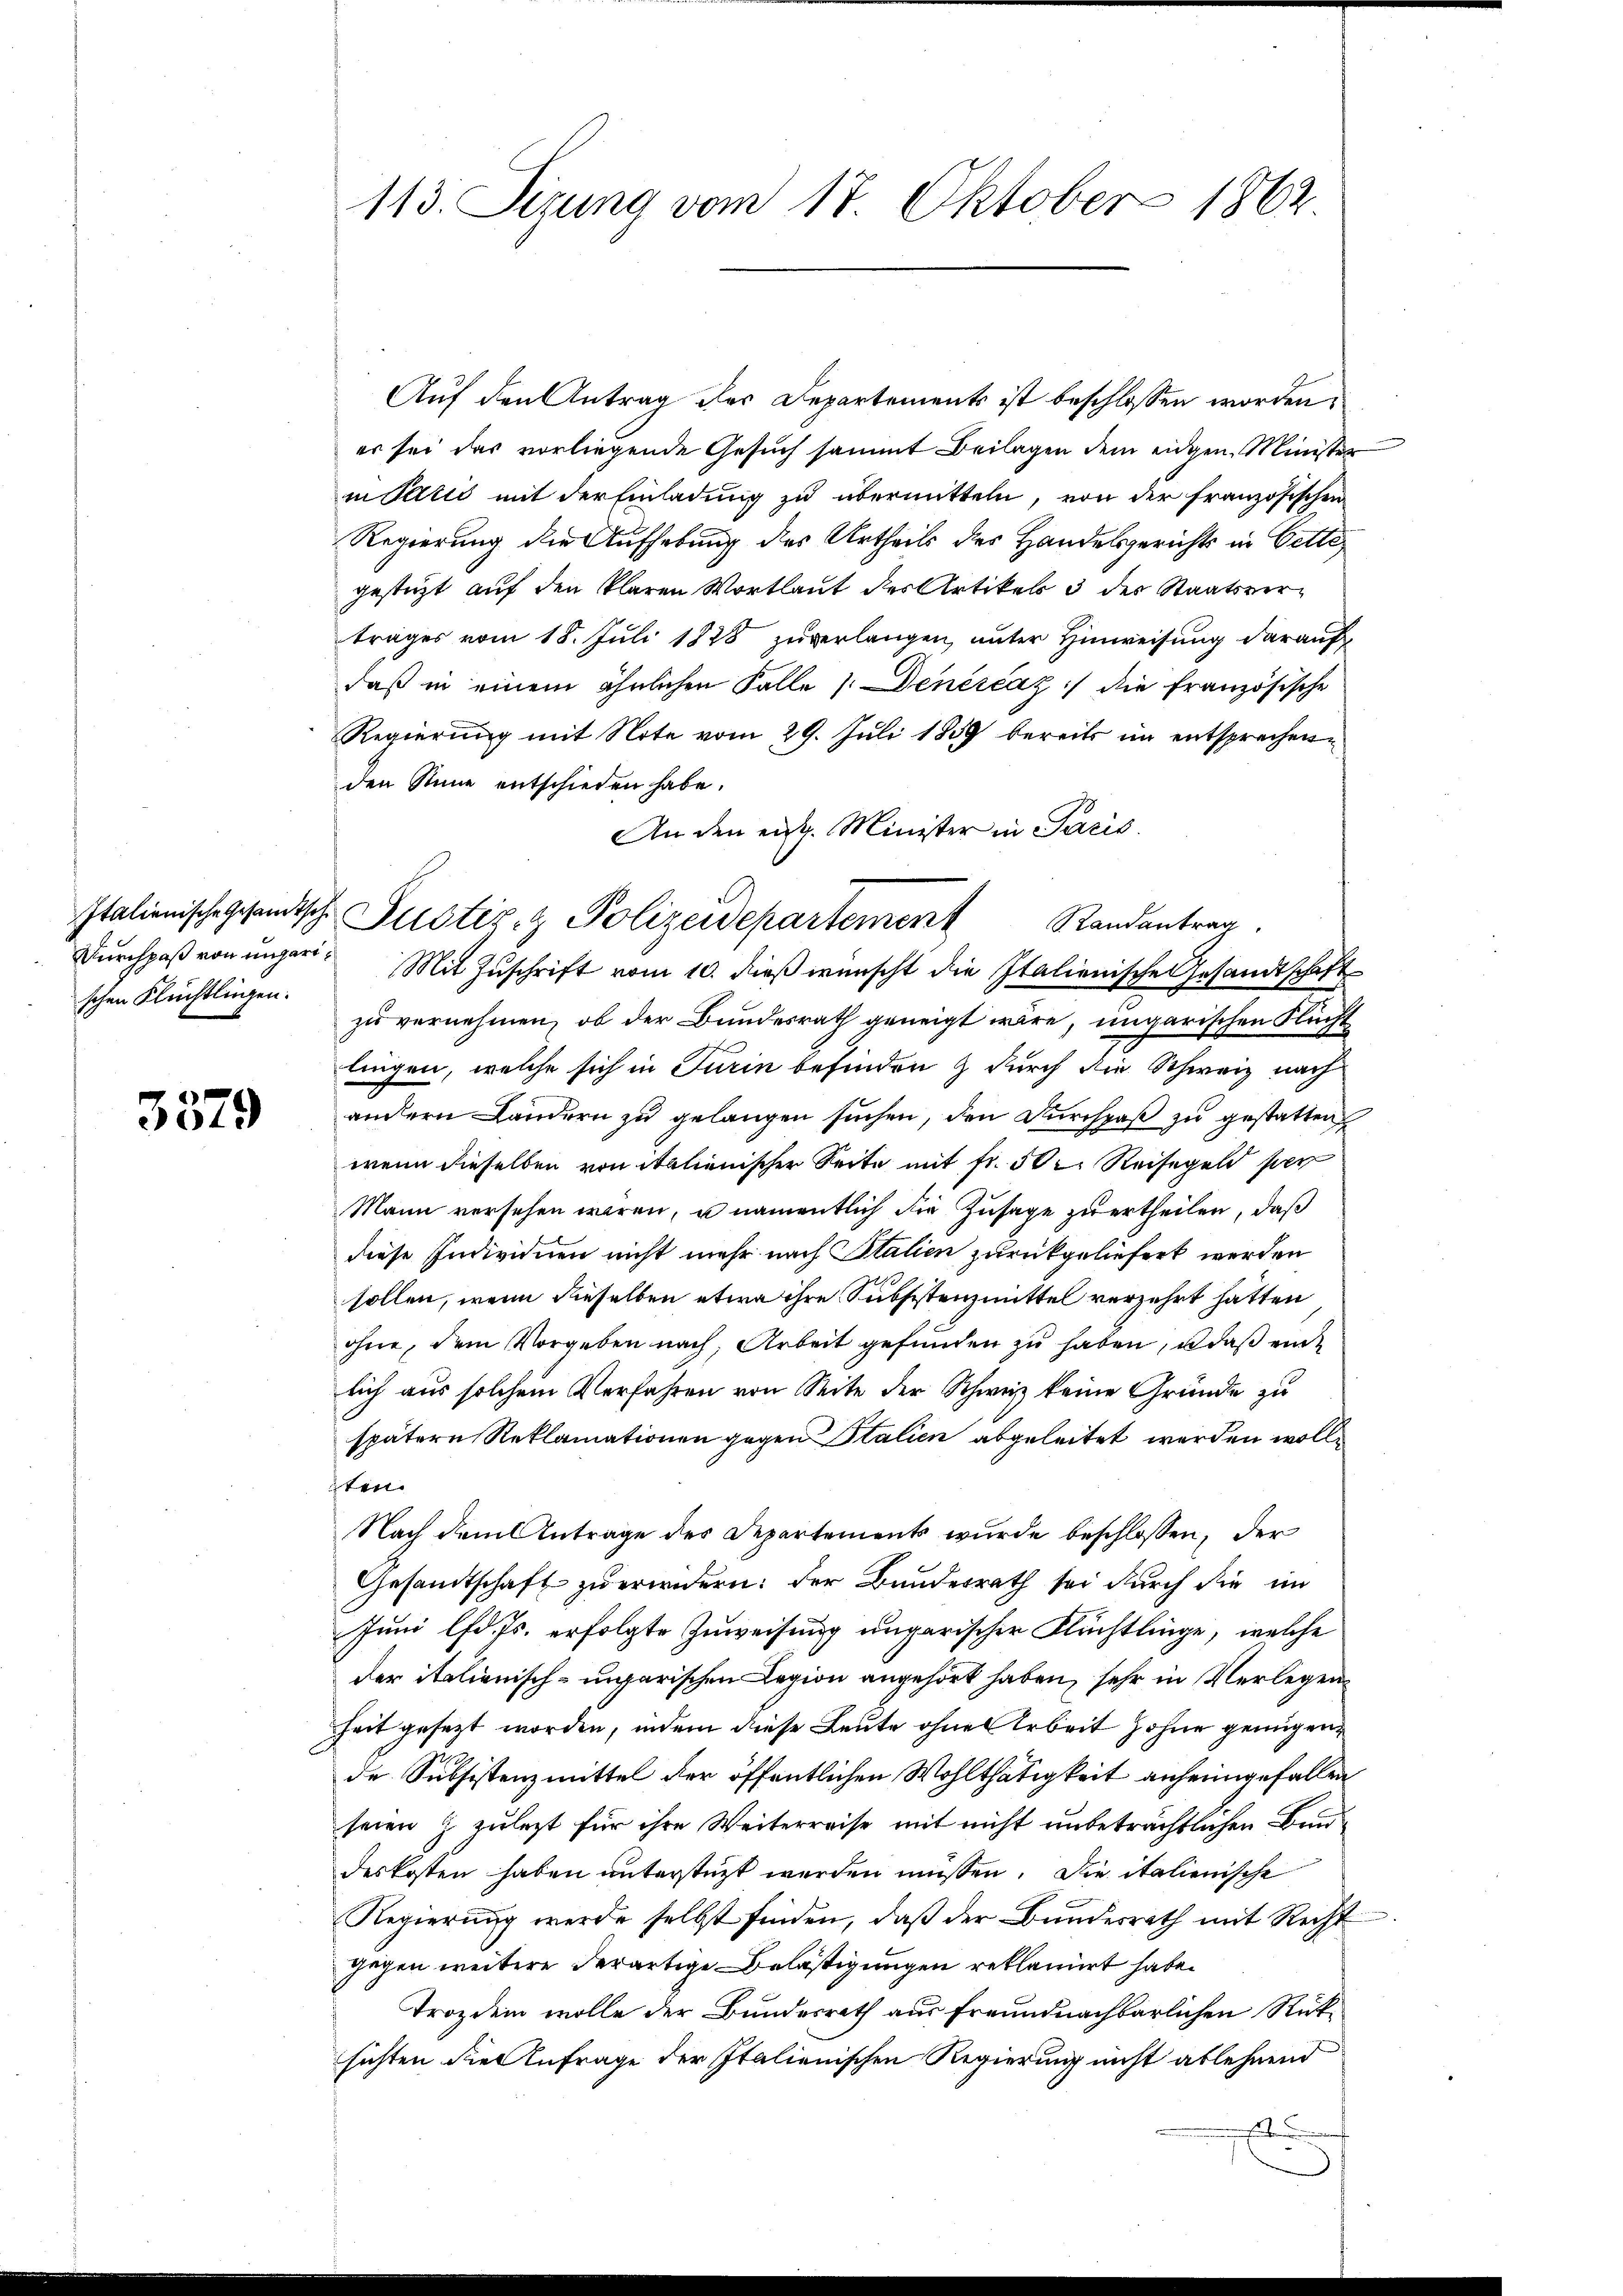
Durchpaß von ungarischen Flüchtlingen.

3379

113. Sizung vom 17. Oktober 1862

Auf den Antrag des Departements ist beschlossen worden,
er sei das vorliegende Gesuch sammt Beilagen dem eidgen Minister
in Talić mit der Einladung zu übermitteln, von der französischen
Regierung die Aufhebung des Urtheils des Handelsgerichts in Cette
gestützt auf den klaren Wortlaut des Artikel 3 des Staatsvertrages vom 18. Juli 1878 zuverlangen, unter Hinweisung darauf
daß in einem ähnlichen Falle (Denérčaz :/ die französische
Regierung mit Note vom 29. Juli 1859 bereits im entsprechenden Sinne entschieden habe.
An den eidg. Minister in Paris.
Mit Zuschrift vom 10. dieß wünscht die Italienische Gesandtschaft
zu vernehmen, ob der Bundesrath geneigt wäre, ungarischen Flucht
lingen, welche sich in Turin befinden & durch die Schweiz nach
andern Ländern zu gelangen suchen, den Durchpaß zu gestatten
wenn dieselben von italienischer Seite mit fr. 50. Reisegeld per
Mann versehen wären, u namentlich die Zusage zu ertheilen, daß
diese Individuen nicht mehr nach Stalien zurückgeliefert werden
sollen, wenn dieselben etwa ihre Subsistenzmittel verzehrt hatten
ohne, dem Vorgeben nach, Arbeit gefunden zu haben, daß ei
lich aus solchem Verfahren von Seite der Schweiz keine Gründe zu
spätern Reklamationen gegen Italien abgeleitet werden wolle
sten.
Nach dem Antrage des Departements wurde beschlossen, der
Gesandtschaft zu erindern: der Bundesrath sei durch die im
Juni lfd. Js. erfolgte Zuweisung ungarischer Flüchtlinge, welche
der italienisch-ungarischen Legion angehört haben, sehr in Verlegenheit gesezt worden, indem diese Leute ohne Arbeit hoher genügen
de Subsistenzmittel der öffentlichen Wohlthätigkeit anheimgefallen
seien & zulezt für ihre Weiterreise mit nicht unbeträchtlichen Bundeskosten haben unterstüzt werden müssen. Die italienische
Regierung werde selbst finden, daß der Bundesrath mit Recht
gegen weitere derartige Belästigungen reklamirt habe.
Trozdein wolle der Bundesrath aus freundnachbarlichen Rücksichten die Anfrage der Italienischen Regierung nicht ablehnend

Italienische Gesandtsche Justiz- & Polizeidepartement Randantrag